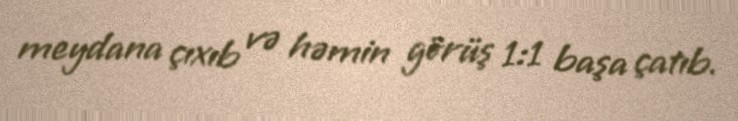
meydana çıxıb və həmin görüş 1:1 başa çatıb.